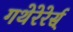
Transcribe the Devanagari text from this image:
गथेरेरेर्स्